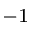
^ { - 1 }